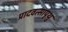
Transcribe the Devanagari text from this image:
प्रादवत्सापृथु